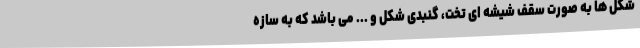
شکل ها به صورت سقف شیشه ای تخت، گنبدی شکل و ... می باشد که به سازه